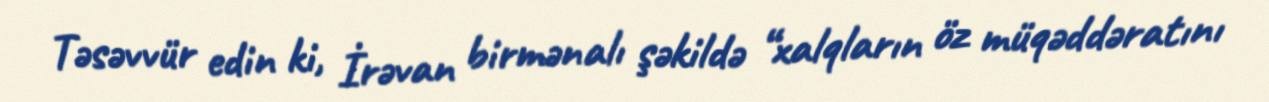
Təsəvvür edin ki, İrəvan birmənalı şəkildə “xalqların öz müqəddəratını